Annual statistical returns and brief notes on vaccination in Bengal - 1909-1929
Year: 1909
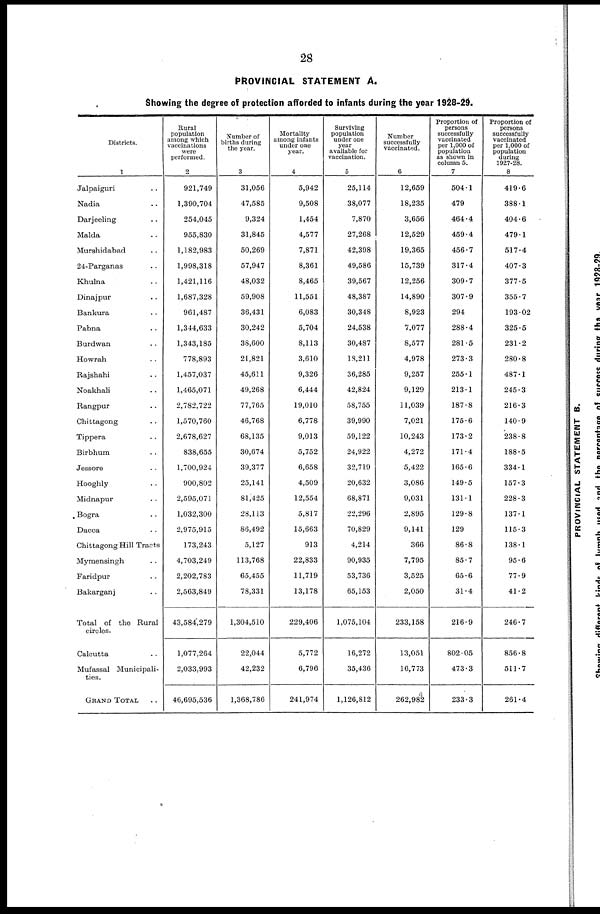
28
PROVINCIAL STATEMENT A.
Showing the degree of protection afforded to infants during the year 1928-29.
Districts.
1
Jalpaiguri ..
Nadia ..
Darjeeling ..
Malda ..
Murshidabad ..
24-Parganas ..
Khulna ..
Dinajpur ..
Bankura ..
Pabna ..
Burdwan ..
Howrah ..
Rajshahi ..
Noakhali ..
Rangpur ..
Chittagong ..
Tippera ..
Birbhum ..
Jessore ..
Hooghly ..
Midnapur ..
Bogra ..
Dacca ..
Chittagong Hill Tracts
Mymensingh ..
Faridpur ..
Bakarganj ..
Total of the Rural
circles.
Calcutta ..
Mufassal Municipali-
ties.
GRAND TOTAL ..
Rural
population
among which
vaccinations
were
performed.
2
921,749
1,390,704
254,045
955,830
1,182,983
1,998,318
1,421,116
1,687,328
961,487
1,344,633
1,343,185
778,893
1,457,037
1,465,071
2,782,722
1,570,760
2,678,627
838,655
1,700,924
900,802
2,595,071
1,032,300
2,975,915
173,243
4,703,249
2,202,783
2,563,849
43,584,279
1,077,264
2,033,993
46,695,536
Number of
births during
the year.
3
31,056
47,585
9,324
31,845
50,269
57,947
48,032
59,908
36,431
30,242
38,600
21,821
45,611
49,268
77,765
46,768
68,135
30,674
39,377
25,141
81,425
28,113
86,492
5,127
113,768
65,455
78,331
1,304,510
22,044
42,232
1,368,786
Mortality
among infants
under one
year.
4
5,942
9,508
1,454
4,577
7,871
8,361
8,465
11,551
6,083
5,704
8,113
3,610
9,326
6,444
19,010
6,778
9,013
5,752
6,658
4,509
12,554
5,817
15,663
913
22,833
11,719
13,178
229,406
5,772
6,796
241,974
Surviving
population
under one
year
available for
vaccination.
5
25,114
38,077
7,870
27,268
42,398
49,586
39,567
48,387
30,348
24,538
30,487
18,211
36,285
42,824
58,755
39,990
59,122
24,922
32,719
20,632
68,871
22,296
70,829
4,214
90,935
53,736
65,153
1,075,104
16,272
35,436
1,126,812
Number
successfully
vaccinated.
6
12,659
18,235
3,656
12,529
19,365
15,739
12,256
14,890
8,923
7,077
8,577
4,978
9,257
9,129
11,039
7,021
10,243
4,272
5,422
3,086
9,031
2,895
9,141
366
7,795
3,525
2,050
233,158
13,051
16,773
262,982
Proportion of
persons
successfully
vaccinated
per 1,000 of
population
as shown in
column 5.
7
504.1
479
464.4
459.4
456.7
317.4
309.7
307.9
294
288.4
281.5
273.3
255.1
213.1
187.8
175.6
173.2
171.4
165.6
149.5
131.1
129.8
129
86.8
85.7
65.6
31.4
216.9
802.05
473.3
233.3
Proportion of
persons
successfully
vaccinated
per 1,000 of
population
during
1927-28.
8
419.6
388.1
404.6
479.1
517.4
407.3
377.5
355.7
193.02
325.5
231.2
280.8
487.1
245.3
216.3
140.9
238.8
188.5
334.1
157.3
228.3
137.1
115.3
138.1
95.6
77.9
41.2
246.7
856.8
511.7
261.4